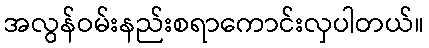
အလွန်ဝမ်းနည်းစရာကောင်းလှပါတယ်။